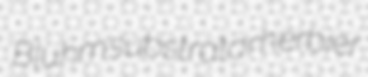
Bluhm substrator herbier